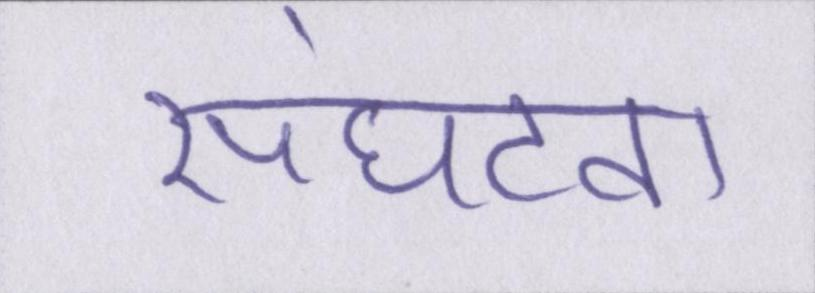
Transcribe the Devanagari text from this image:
संघटना